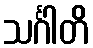
သင်္ဂါတိ